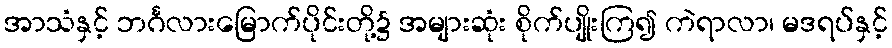
အာသံနှင့် ဘင်္ဂလားမြောက်ပိုင်းတို့၌ အများဆုံး စိုက်ပျိုးကြ၍ ကဲရာလာ၊ မဒရပ်နှင့်